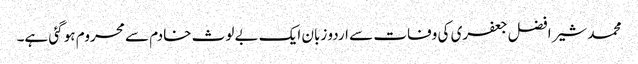
محمد شیر افضل جعفری کی وفات سے اردو زبان ایک بے لوث خادم سے محروم ہو گئی ہے۔